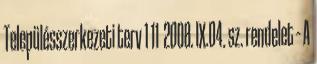
Településszerkezeti terv 1 11 2008. IX.04. sz. rendelet – A